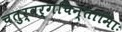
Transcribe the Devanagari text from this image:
चतुर्वर्गचिन्तामािः